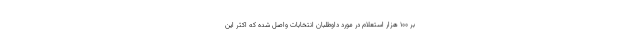
بر ۱۰۰ هزار استعلام در مورد داوطلبان انتخابات واصل شده که اکثر این